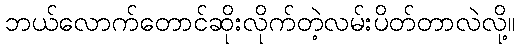
ဘယ်လောက်တောင်ဆိုးလိုက်တဲ့လမ်းပိတ်တာလဲလို့။